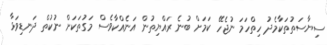
ސިޔާސަތުތަކާމެދު ހިތްހަމަ ނުޖެހޭ ކަމަށް ބުނެ ރައްޔިތުން އަނެއްކާވެސް މަގުތަކަށް ނުކުތް ދަނޑިވަޅާ